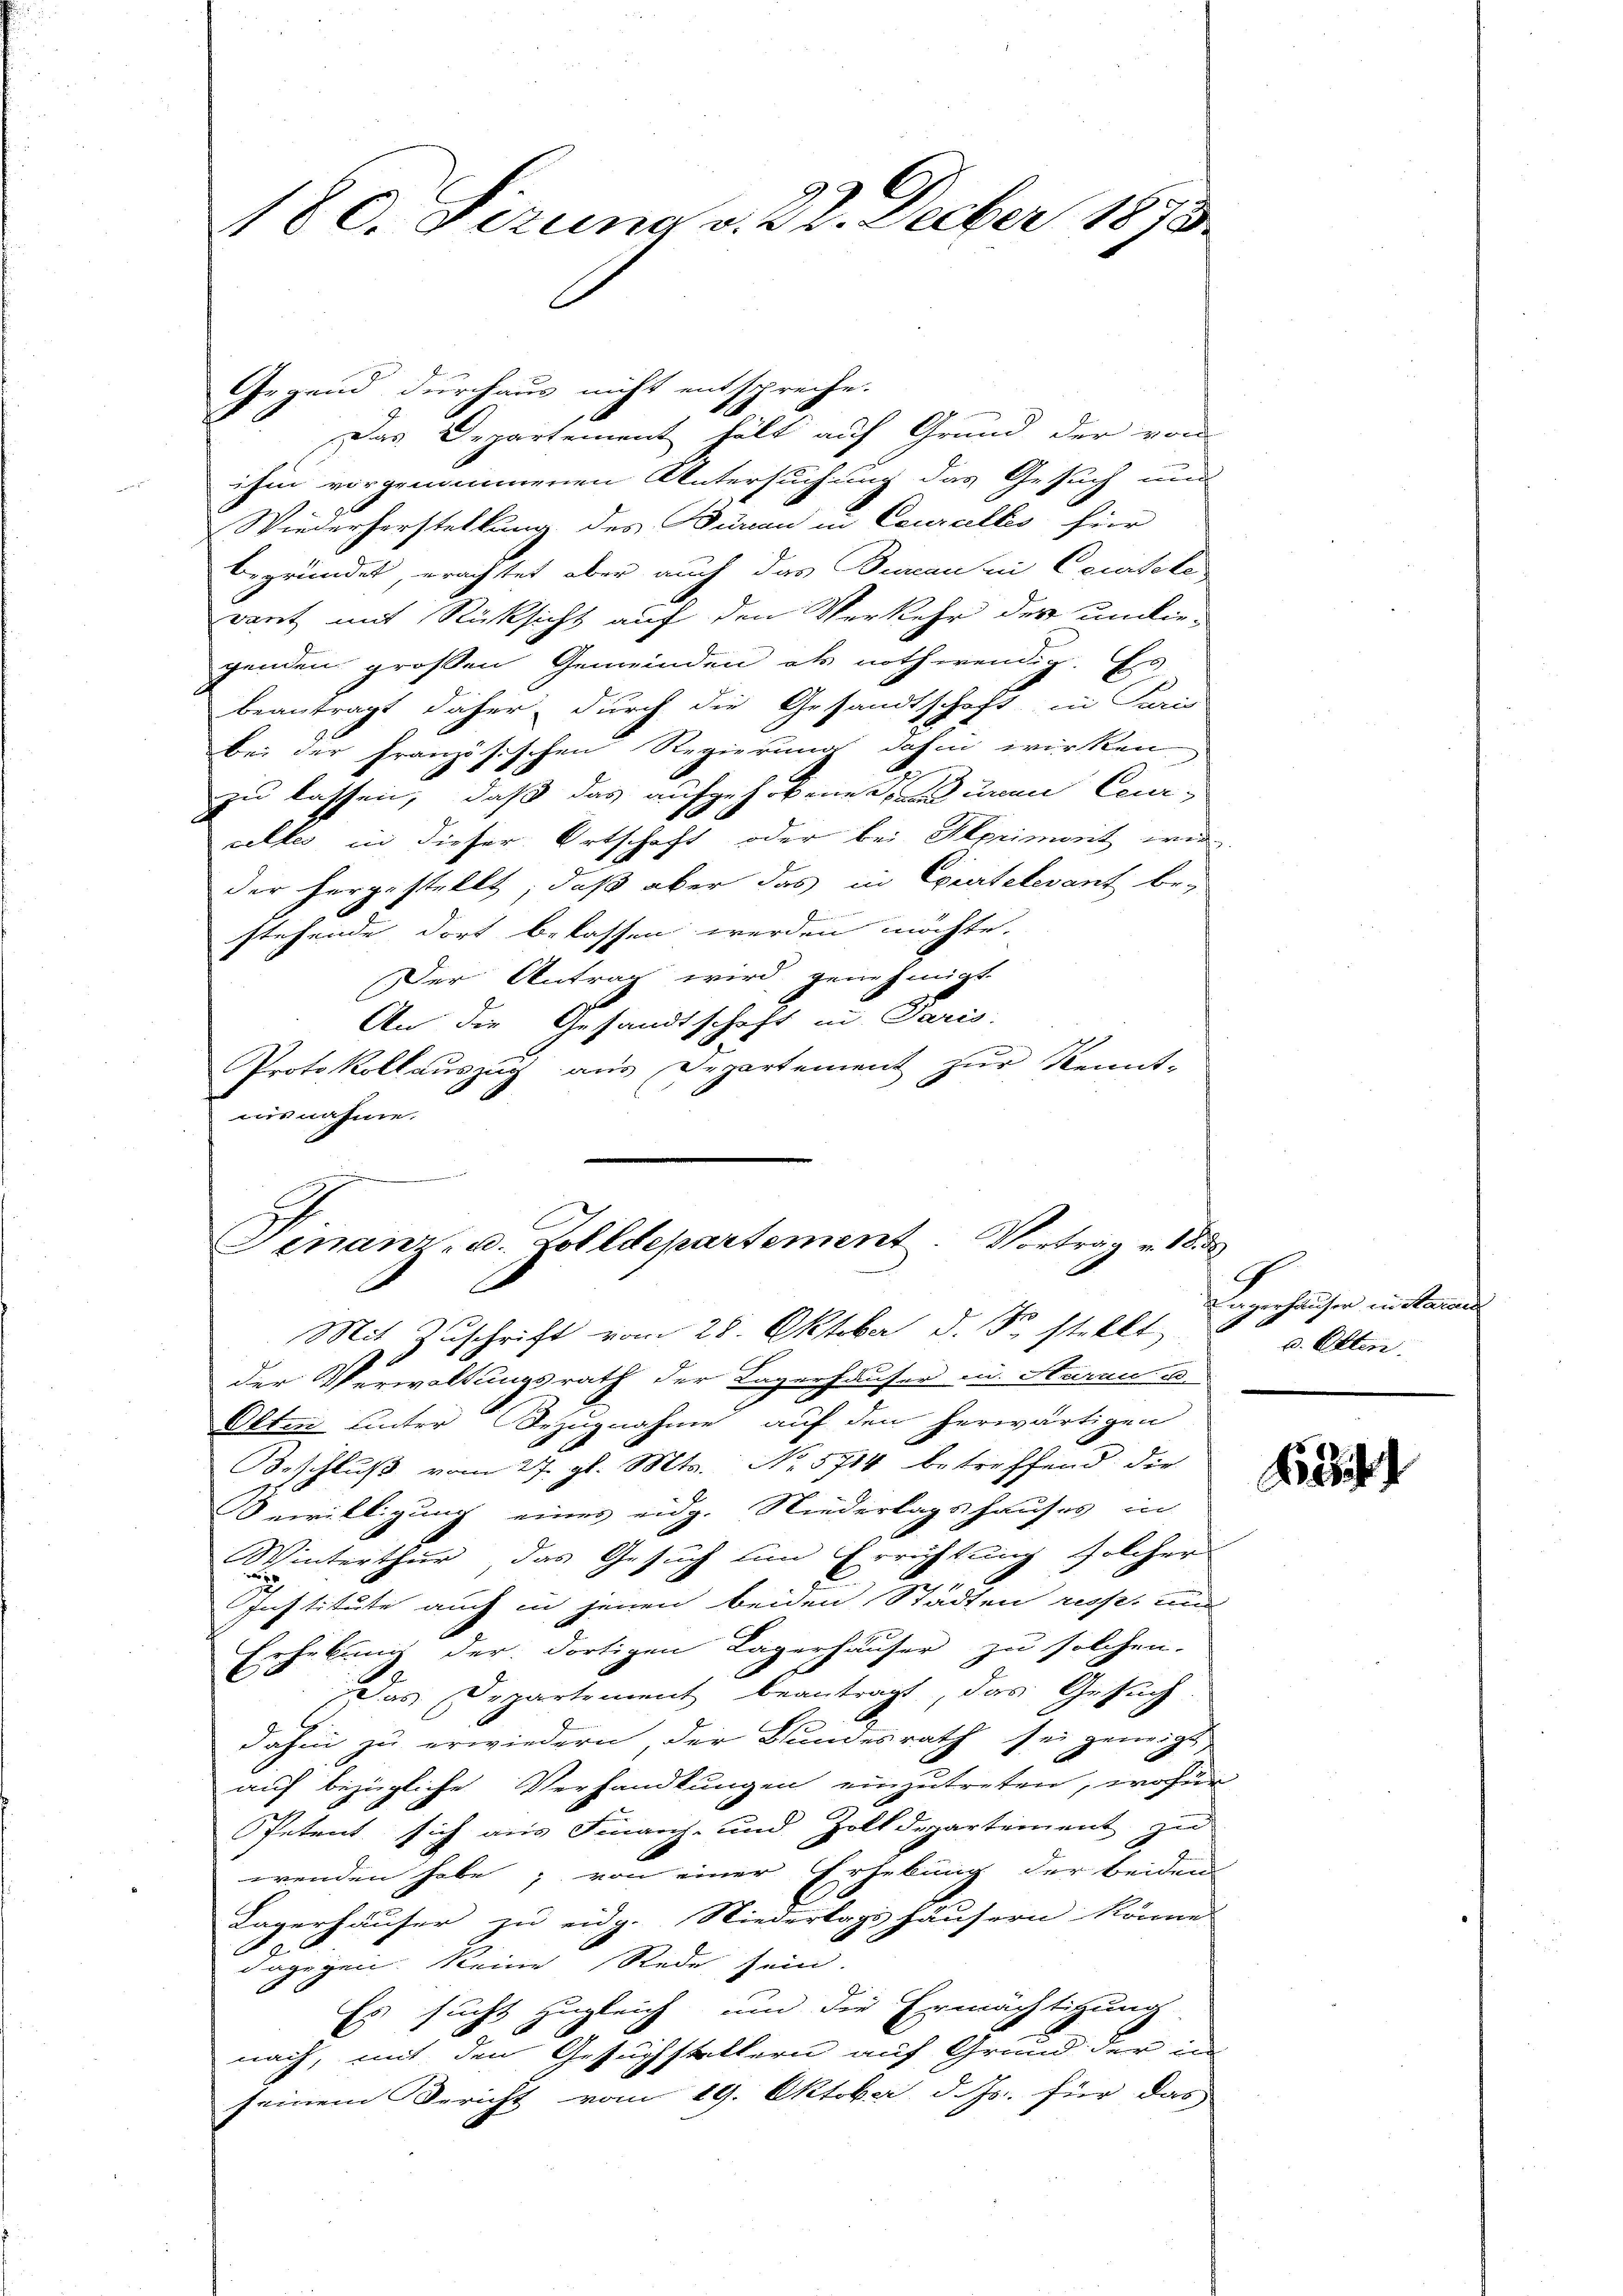
Gegend durchaus nicht entspreche.
Das Departement hält auf Grund der von
ihm vorgenommenen Untersuchung das Gesuch und
Wiederherstellung des Büreau in Courcelles hier
begründet, erachtet aber auch das Bureau in Courtete
wart mit Rücksicht auf den Verkehr der undie-
genden großen Gemeinden als nothwendig. Es
beantragt daher durch die Gesandtschaft in Paris
bei der Französischen Regierung dahin wirken
zu lassen, daß das aufgehobene Buren Cour-
celle in dieser Ortschaft oder bei Alprimont wir
der hergestellt, daß aber das in Courtelevant be-
stehende dort belassen werden möchte.
Der Antrag wird genehmigt.
An die Gesandtschaft in Paris.
Protokollauszug aus Departement zur Kennt-
aisnahme.

180. Sizung v. 22. Decber 1893.

ener
Finanz- u. Zolldepartement. Vortrag v. 1833
s
Mit Zŭschrift vom 28. Oktober d. J. stellt u. Otten.

der Verwaltungsrath der Lagerhäuser in Aarau u.
Olten unter Bezugnahme auf den herwärtigen
Beschluß vom 27. gl. Mts. No. 5714 betreffend die
Bewilligung eines eidg. Niederlagshauses in
Winterthur, das Gesuch um Errichtung solcher
Institute auch in jenen beiden Städten resst und
Erhebung der dortigen Lagerhäuser zu solchen.
Das Departement beantragt, das Gesuch
dahin zu erwiedern der Bundesrath sei geneigt
auf bezügliche Verhandlungen einzutreten, wofür
Petent sich aus Finanz- und Zolldepartement zu
wenden habe; von einer Erhebung der beiden
Lagerhäuser zu eidg. Niedertags häusern könne.
h
dagegen keine Rede sein.
Es sucht zugleich und die Ermächtigung
nach, mit den Gesuchstellern auf Grund der in
seinem Bericht vom 19. Oktober, d. Js. für das

9
Ungerhäuser in Aarau